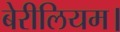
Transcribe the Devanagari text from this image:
बेरीलियम।